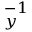
_ y ^ { - 1 }